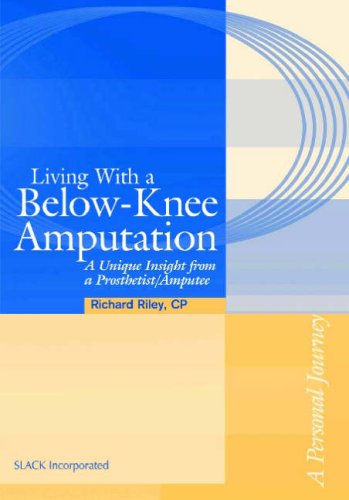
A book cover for Living with a Below-Knee Amputation: A Unique Insight from a Prosthetist/Amputee; Richard Lee Riley CP  BS; Medical Books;